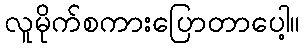
လူမိုက်စကားပြောတာပေါ့။